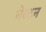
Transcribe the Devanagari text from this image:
मेल्टन